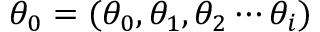
\theta _ { 0 } = ( \theta _ { 0 } , \theta _ { 1 } , \theta _ { 2 } \cdots \theta _ { i } )